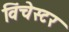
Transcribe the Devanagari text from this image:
विंचेस्‍टर